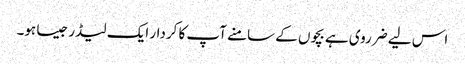
اس لیے ضرروی ہے بچوں کے سامنے آپ کا کردار ایک لیڈر جیسا ہو۔